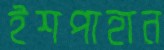
ইশপাহান